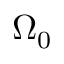
\Omega _ { 0 }